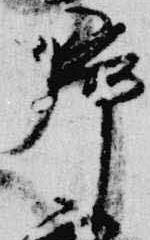
帰